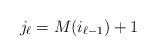
LaTeX: \begin{align*} j_{\ell}=M(i_{\ell-1})+1\end{align*}